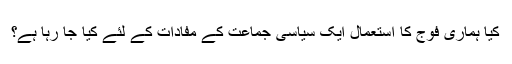
کیا ہماری فوج کا استعمال ایک سیاسی جماعت کے مفادات کے لئے کیا جا رہا ہے؟